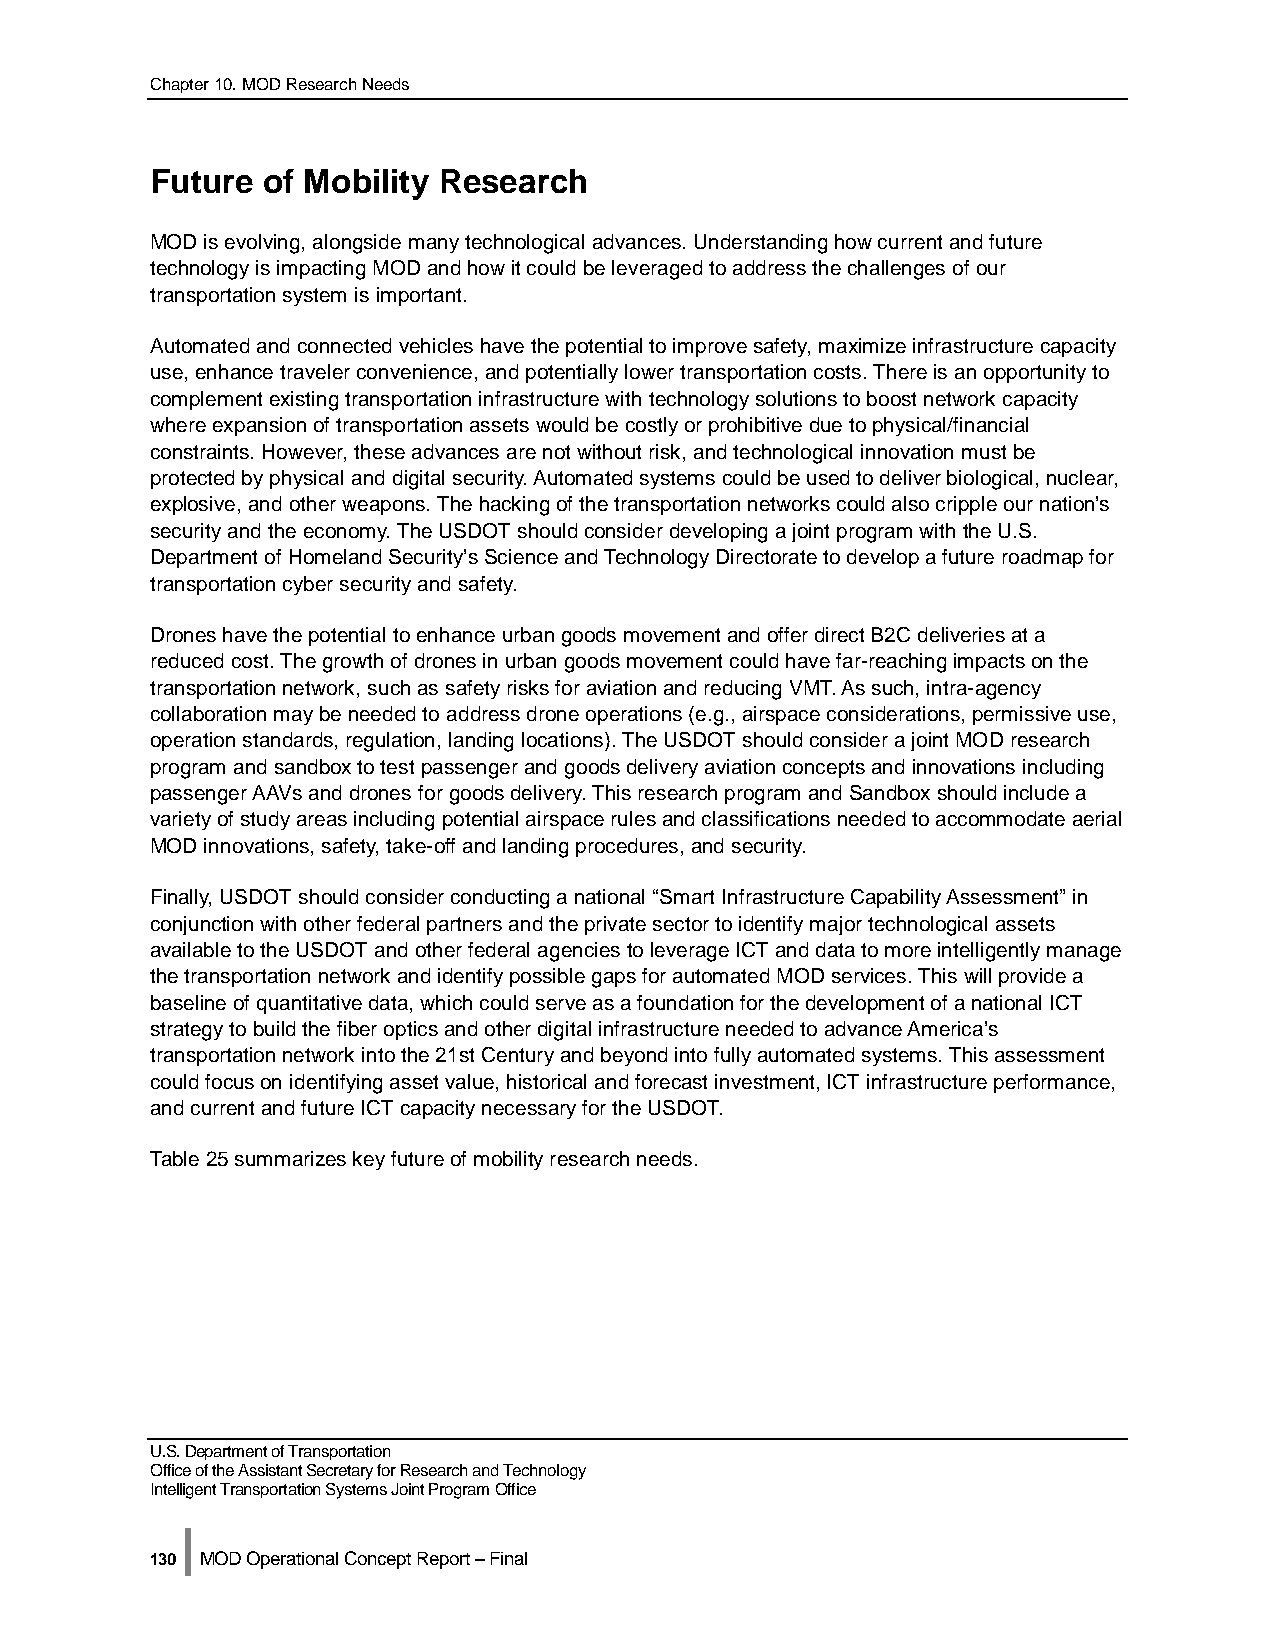
Chapter 10. MOD Research Needs
 Future of Mobility Research
 MOD is evolving, alongside many technological advances. Understanding how current and future
 technology is impacting MOD and how it could be leveraged to address the challenges of our
 transportation system is important.
 Automated and connected vehicles have the potential to improve safety, maximize infrastructure capacity
 use, enhance traveler convenience, and potentially lower transportation costs. There is an opportunity to
 complement existing transportation infrastructure with technology solutions to boost network capacity
 where expansion of transportation assets would be costly or prohibitive due to physical/financial
 constraints. However, these advances are not without risk, and technological innovation must be
 protected by physical and digital security. Automated systems could be used to deliver biological, nuclear,
 explosive, and other weapons. The hacking of the transportation networks could also cripple our nation’s
 security and the economy. The USDOT should consider developing a joint program with the U.S.
 Department of Homeland Security’s Science and Technology Directorate to develop a future roadmap for
 transportation cyber security and safety.
 Drones have the potential to enhance urban goods movement and offer direct B2C deliveries at a
 reduced cost. The growth of drones in urban goods movement could have far-reaching impacts on the
 transportation network, such as safety risks for aviation and reducing VMT. As such, intra-agency
 collaboration may be needed to address drone operations (e.g., airspace considerations, permissive use,
 operation standards, regulation, landing locations). The USDOT should consider a joint MOD research
 program and sandbox to test passenger and goods delivery aviation concepts and innovations including
 passenger AAVs and drones for goods delivery. This research program and Sandbox should include a
 variety of study areas including potential airspace rules and classifications needed to accommodate aerial
 MOD innovations, safety, take-off and landing procedures, and security.
 Finally, USDOT should consider conducting a national “Smart Infrastructure Capability Assessment” in
 conjunction with other federal partners and the private sector to identify major technological assets
 available to the USDOT and other federal agencies to leverage ICT and data to more intelligently manage
 the transportation network and identify possible gaps for automated MOD services. This will provide a
 baseline of quantitative data, which could serve as a foundation for the development of a national ICT
 strategy to build the fiber optics and other digital infrastructure needed to advance America’s
 transportation network into the 21st Century and beyond into fully automated systems. This assessment
 could focus on identifying asset value, historical and forecast investment, ICT infrastructure performance,
 and current and future ICT capacity necessary for the USDOT.
 Table 25 summarizes key future of mobility research needs.
 U.S. Department of Transportation
 Office of the Assistant Secretary for Research and Technology
 Intelligent Transportation Systems Joint Program Office
 |
 130 MOD Operational Concept Report – Final